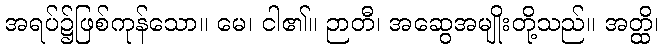
အရပ်၌ဖြစ်ကုန်သော။ မေ၊ ငါ၏။ ဉာတီ၊ အဆွေအမျိုးတို့သည်။ အတ္ထိ၊